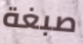
صبغة